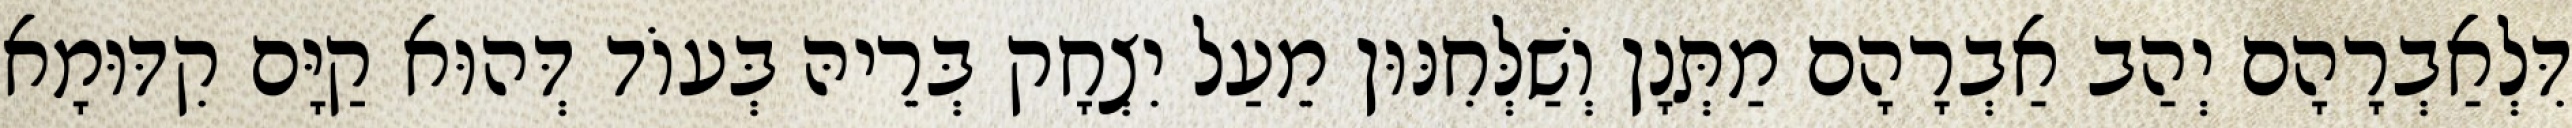
דִּלְאַבְרָהָם יְהַב אַבְרָהָם מַתְּנָן וְשַׁלְּחִנּוּן מֵעַל יִצְחָק בְּרֵיהּ בְּעוֹד דְּהוּא קַיָּם קִדּוּמָא